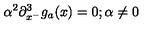
\alpha ^ { 2 } \partial _ { x ^ { - } } ^ { 3 } g _ { a } ( x ) = 0 ; \alpha \neq 0